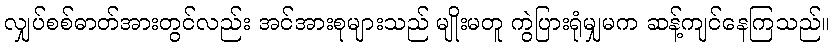
လျှပ်စစ်ဓာတ်အားတွင်လည်း အင်အားစုများသည် မျိုးမတူ ကွဲပြားရုံမျှမက ဆန့်ကျင်နေကြသည်။